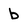
Character: b